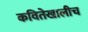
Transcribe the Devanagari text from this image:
कवितेखालीच